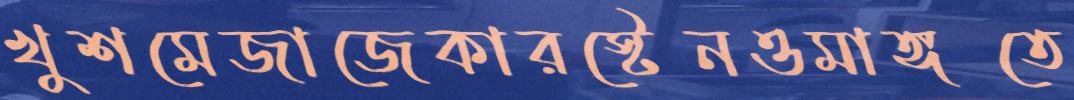
খুশমেজাজেকারস্টেনওমাঙ্গতে